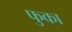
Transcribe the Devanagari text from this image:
फुका